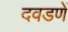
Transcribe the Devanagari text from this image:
दवडणें